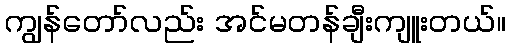
ကျွန်တော်လည်း အင်မတန်ချီးကျူးတယ်။